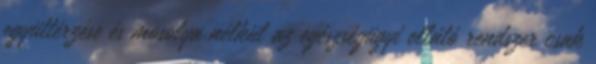
együttérzése és mosolya nélkül az egészségügyi ellátó rendszer csak